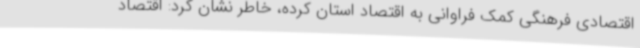
اقتصادی فرهنگی کمک فراوانی به اقتصاد استان کرده، خاطر نشان کرد: اقتصاد